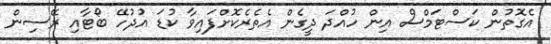
އެގޮތުން ކަސްޓަމްސް އިން ހުއްދަ ދީގެން އެތެރެކޮށްފައިވާ ކުޑަ އުދުހޭ ބޯޓާއި ރޭސިން